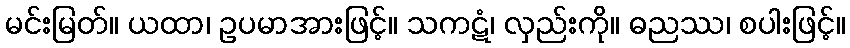
မင်းမြတ်။ ယထာ၊ ဥပမာအားဖြင့်။ သကဋံ၊ လှည်းကို။ ဓညဿ၊ စပါးဖြင့်။